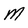
Character: m